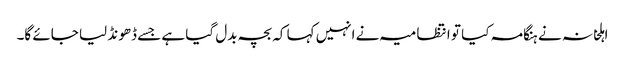
اہلخانہ نے ہنگامہ کیا تو انتظامیہ نے انہیں کہا کہ بچہ بدل گیا ہے جسے ڈھونڈ لیا جائے گا۔